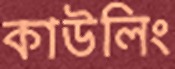
কাউলিং